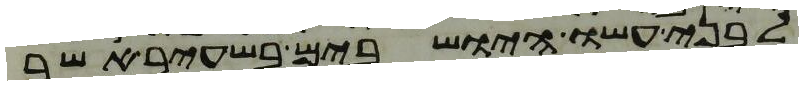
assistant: לבני עשו הישבים בשעיר אשר